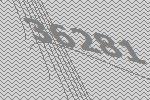
36281